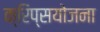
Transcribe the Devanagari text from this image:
क्रिप्सयोजना